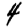
Digit: 4